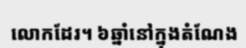
លោកដែរ។ ៦ឆ្នាំនៅក្នុងតំណែង